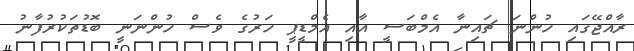
ރާއްޖޭގައި ހުންނަ ޗައިނާ އެމްބަސީ އާއި އެމްޑީޕީ ހަރުގެ ވެސް ހުންނަނީ ބޮޑުތަކުރުފާނު